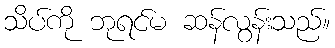
သိပ်ကို ဘုရင်မ ဆန်လွန်းသည်။